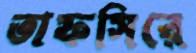
তাফসিরে